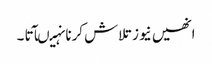
انھیں نیوز تلاش کرنا نہیںآتا ۔